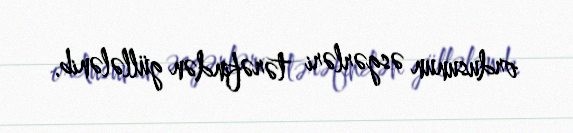
ordusunun əsgərləri tərəfindən güllələnib.